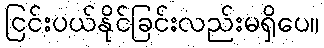
ငြင်းပယ်နိုင်ခြင်းလည်းမရှိပေ။